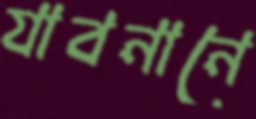
যাবনানে